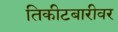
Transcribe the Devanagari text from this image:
तिकीटबारीवर